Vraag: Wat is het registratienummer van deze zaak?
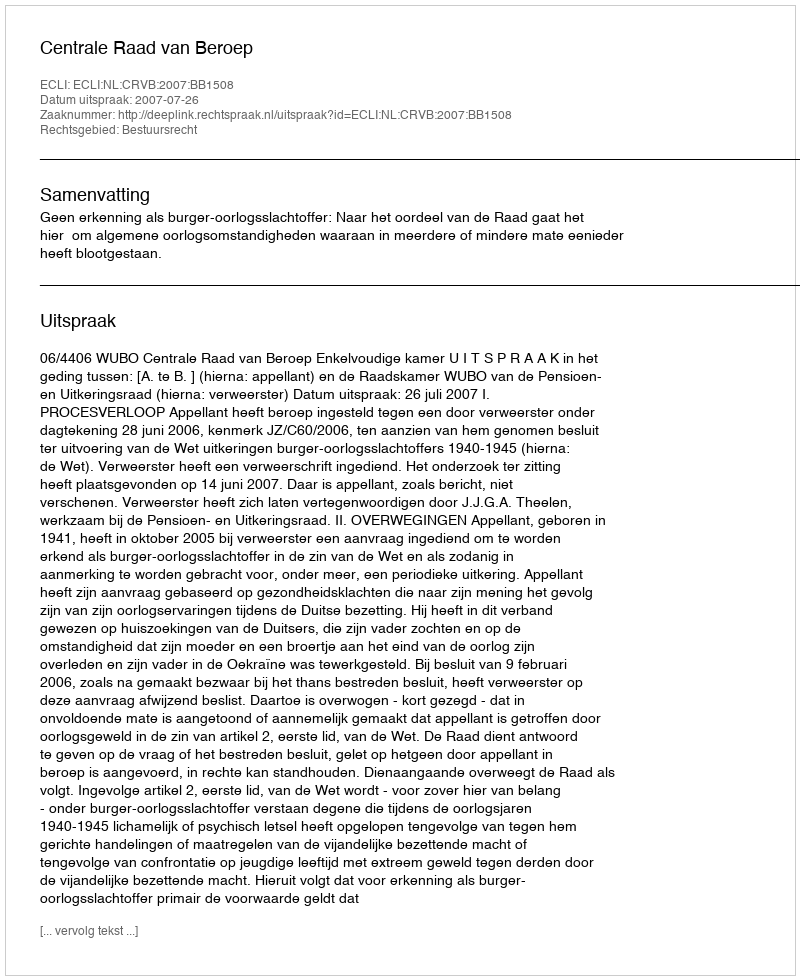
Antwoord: http://deeplink.rechtspraak.nl/uitspraak?id=ECLI:NL:CRVB:2007:BB1508